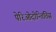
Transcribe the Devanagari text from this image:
पेरिओदोन्तितिस